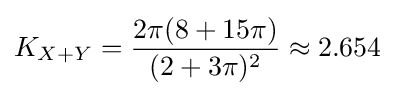
K_{X+Y}={\frac {2\pi (8+15\pi )}{(2+3\pi )^{2}}}\approx 2.654